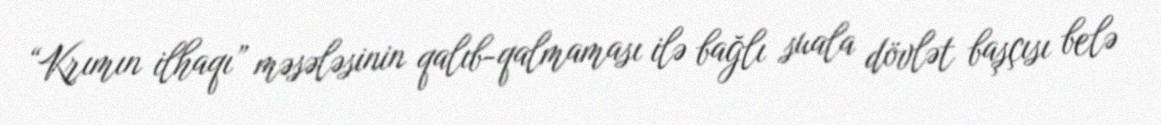
“Krımın ilhaqı” məsələsinin qalıb-qalmaması ilə bağlı suala dövlət başçısı belə